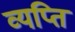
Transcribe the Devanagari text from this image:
व्यप्ति